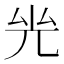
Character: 𠒊